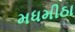
મધમીઠા